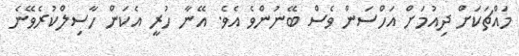
މައްޗަަކަށް ދިއުމަށް އަހްސަން ވެސް ބޭނުންވެ އެވެ. އޭނާ ހުރީ އެކަން ހާސިލްކުރެވޭނެ